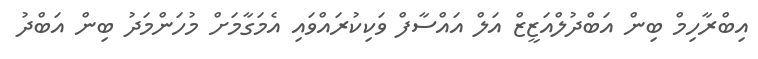
އިބްރާހިމް ބިން އަބްދުލްއަޒީޒް އަލް އައްސާފް ވަކިކުރައްވައި އެމަގާމަށް މުހަންމަދު ބިން އަބްދު